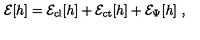
{ \cal E } [ h ] = { \cal E } _ { \mathrm { c l } } [ h ] + { \cal E } _ { \mathrm { c t } } [ h ] + { \cal E } _ { \Psi } [ h ] \ ,